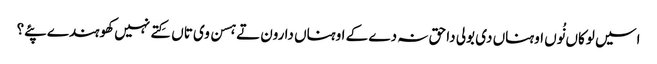
اسیں لوکاں نُوں اوہناں دی بولی دا حق نہ دے کے اوہناں دا رون تے ہسن وی تاں کِتے نہیں کھوہندے پئے؟